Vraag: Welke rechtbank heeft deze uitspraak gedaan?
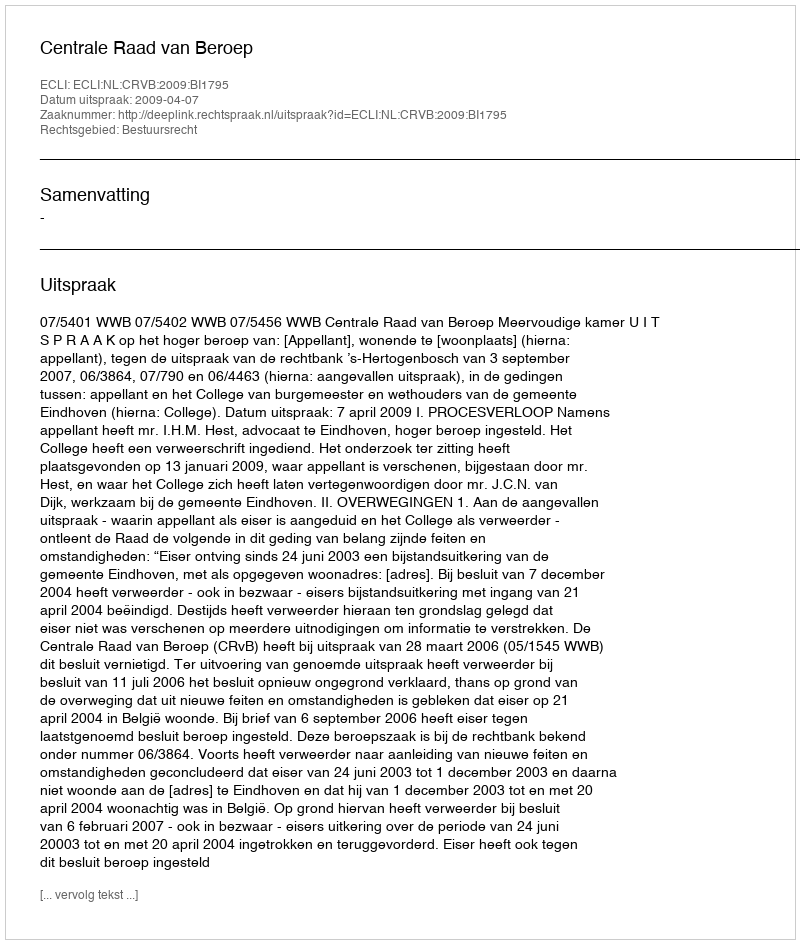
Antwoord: Centrale Raad van Beroep